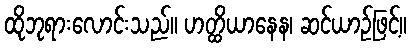
ထိုဘုရားလောင်းသည်။ ဟတ္ထိယာနေန၊ ဆင်ယာဉ်ဖြင့်။